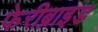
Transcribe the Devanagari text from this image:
फेरीब्राइड